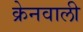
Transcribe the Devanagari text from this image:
क्रेनवाली